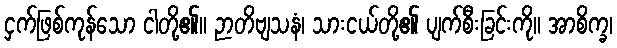
ငှက်ဖြစ်ကုန်သော ငါတို့၏။ ဉာတိဗျသနံ၊ သားငယ်တို့၏ ပျက်စီးခြင်းကို။ အာစိက္ခ၊